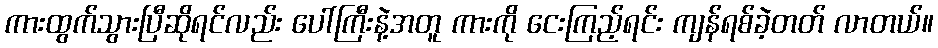
ကားထွက်သွားပြီဆိုရင်လည်း ပေါ်ကြီးနဲ့အတူ ကားကို ငေးကြည့်ရင်း ကျန်ရစ်ခဲ့တတ် လာတယ်။